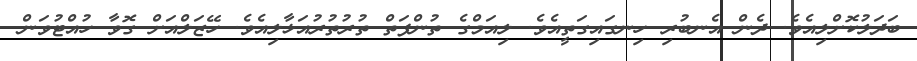
ބަދަލުކޮށްލިއެވެ. ދެން އެނބުރި ހިނގައިގަތީއެވެ. ލިއަމްގެ ތުންފަތް ތުރުތުރުއަޅާލިއެވެ. ހޭޒަލްއަށް ގޮވާ ހުއްޓުވަން